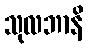
သုလဘာနိ